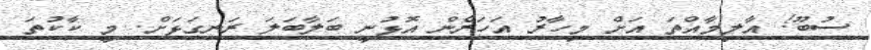
ސުބޫ! އާލިމާއްތަ އަށް މިހާރު އަހަރެން އޮޅުނީ ބަލާބަލަ ރަނގަޅަށް. މީ ކާކުތަ